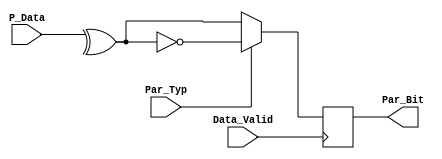
module Parity_Calc #(parameter DATA_WIDTH = 8) (
    input Data_Valid, Par_Typ,
    input [DATA_WIDTH-1:0] P_Data,
    output reg Par_Bit
);

    always @(posedge Data_Valid) begin
        if (Par_Typ)
            Par_Bit = !(^P_Data);
        else
            Par_Bit = ^P_Data;
    end
    
endmodule